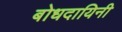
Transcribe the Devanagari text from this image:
बोधदायिनी